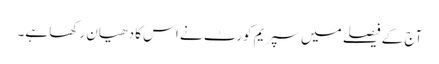
آج کے فیصلے میں سپریم کورٹ نے اس کا دھیان رکھا ہے۔